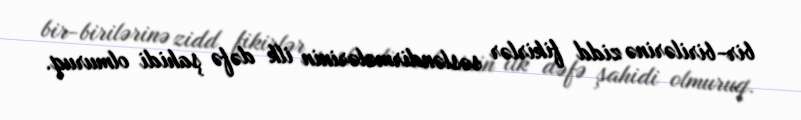
bir-birilərinə zidd fikirlər səsləndirmələrinin ilk dəfə şahidi olmuruq.